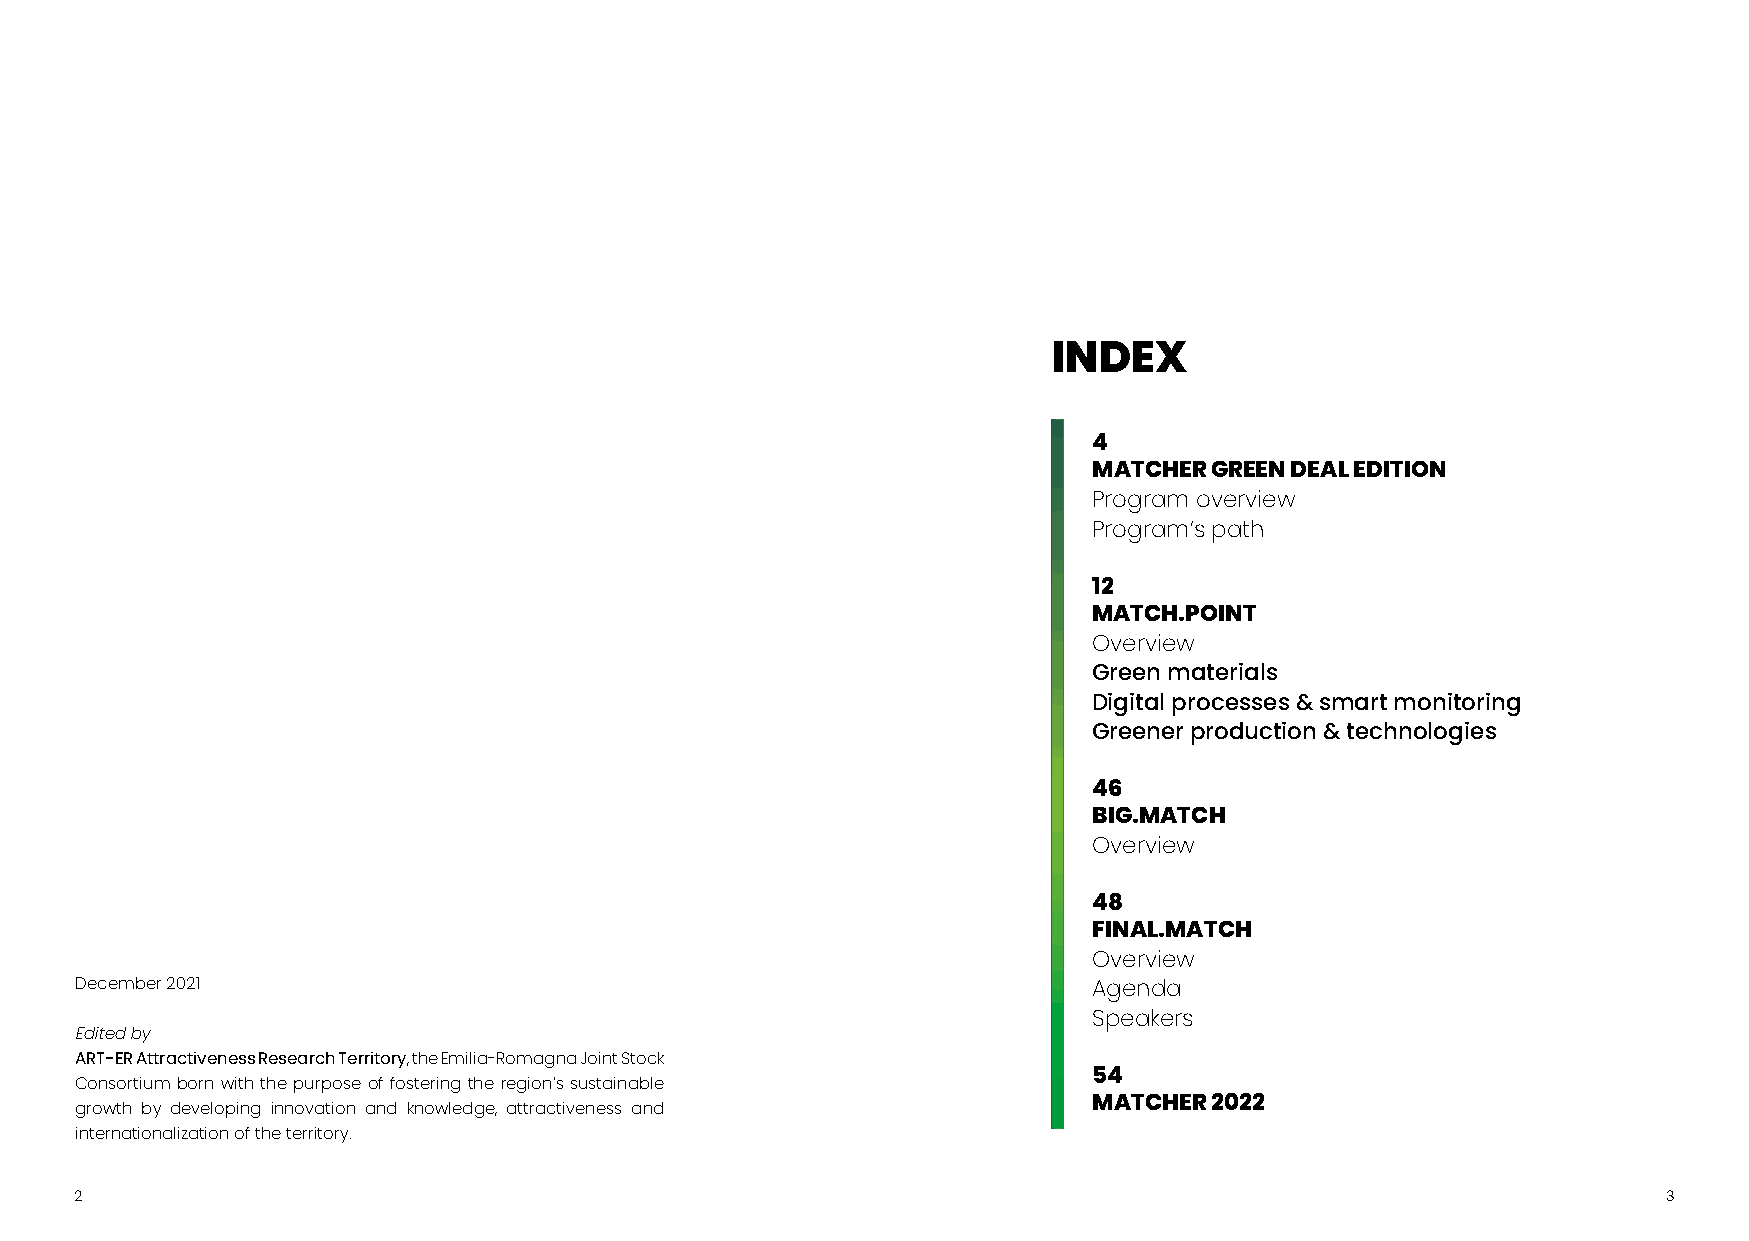
INDEX
 4
 MATCHER GREEN DEAL EDITION
 Program overview
 Program’s path
 12
 MATCH.POINT
 Overview
 Green materials
 Digital processes & smart monitoring
 Greener production & technologies
 46
 BIG.MATCH
 Overview
 48
 FINAL.MATCH
 Overview
 December 2021                                                      Agenda
 Speakers
 Edited by
 ART-ERAttractivenessResearchTerritory
 ,theEmilia-RomagnaJointStock
 54
 Consortiumbornwiththepurposeoffosteringtheregion’ssustainable
 growth by developing innovation and knowledge, attractiveness and  MATCHER 2022
 internationalization of the territory.
 2                                                                                                        3